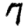
Digit: 7